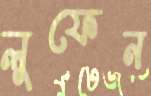
লুফেন